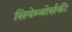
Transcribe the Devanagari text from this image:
सियेम्बोर्सकी